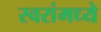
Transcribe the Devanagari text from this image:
स्वरांमध्ये